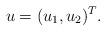
LaTeX: \begin{align*} u = (u_1, u_2)^T.\end{align*}